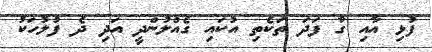
ފުޅި އާއި ގާ ފަދަ ތަކެތި އުކައި ގެއްލުންދީ އަދި ދެ ފުލުހަކު